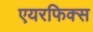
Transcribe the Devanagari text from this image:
एयरफिक्स